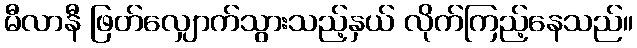
မီလာနီ ဖြတ်လျှောက်သွားသည့်နှယ် လိုက်ကြည့်နေသည်။